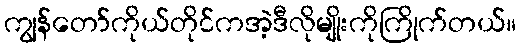
ကျွန်တော်ကိုယ်တိုင်ကအဲ့ဒီလိုမျိုးကိုကြိုက်တယ်။